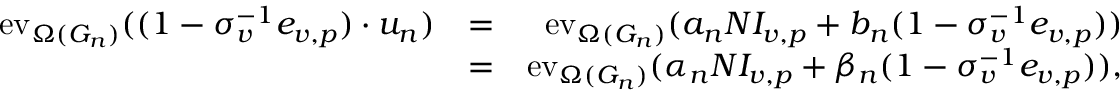
\begin{array} { r l r } { \mathrm { e v } _ { \Omega ( G _ { n } ) } ( ( 1 - \sigma _ { v } ^ { - 1 } e _ { v , p } ) \cdot u _ { n } ) } & { = } & { \mathrm { e v } _ { \Omega ( G _ { n } ) } ( a _ { n } N I _ { v , p } + b _ { n } ( 1 - \sigma _ { v } ^ { - 1 } e _ { v , p } ) ) } \\ & { = } & { \mathrm { e v } _ { \Omega ( G _ { n } ) } ( \alpha _ { n } N I _ { v , p } + \beta _ { n } ( 1 - \sigma _ { v } ^ { - 1 } e _ { v , p } ) ) , } \end{array}